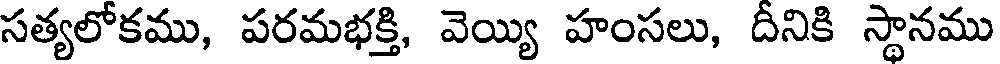
సత్యలోకము, పరమభక్తి, వెయ్యి హంసలు, దీనికి స్థానము